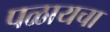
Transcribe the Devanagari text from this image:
पळायचा